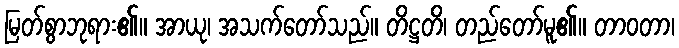
မြတ်စွာဘုရား၏။ အာယု၊ အသက်တော်သည်။ တိဋ္ဌတိ၊ တည်တော်မူ၏။ တာဝတာ၊